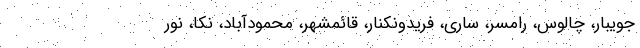
جویبار، چالوس، رامسر، ساری، فریدونکنار، قائمشهر، محمودآباد، نکا، نور